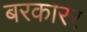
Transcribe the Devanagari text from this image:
बरकारर